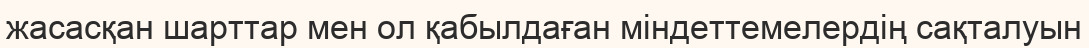
жасасқан шарттар мен ол қабылдаған міндеттемелердің сақталуын